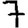
Digit: 7